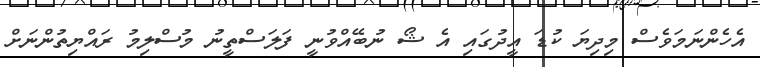
އެހެންނަމަވެސް މިދިޔަ ކުޑަ އީދުގައި އެ ޝޯ ނުބޭއްވުނީ ފަލަސްތީނު މުސްލިމު ރައްޔިތުންނަށް